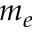
m _ { e }